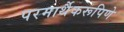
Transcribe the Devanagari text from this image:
परमार्थैकरूपिणे